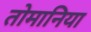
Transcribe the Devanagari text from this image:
तोमानिया